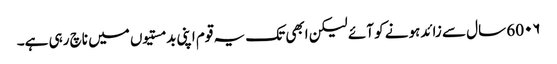
60۰۶ سال سے زائدہونے کو آئے لیکن ابھی تک یہ قوم اپنی بدمستیوں میں ناچ رہی ہے۔